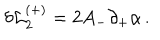
\delta { \cal L } _ { 2 } ^ { ( + ) } = 2 A _ { - } \partial _ { + } \alpha \, .